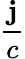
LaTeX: \frac{\textbf{j}}{c}